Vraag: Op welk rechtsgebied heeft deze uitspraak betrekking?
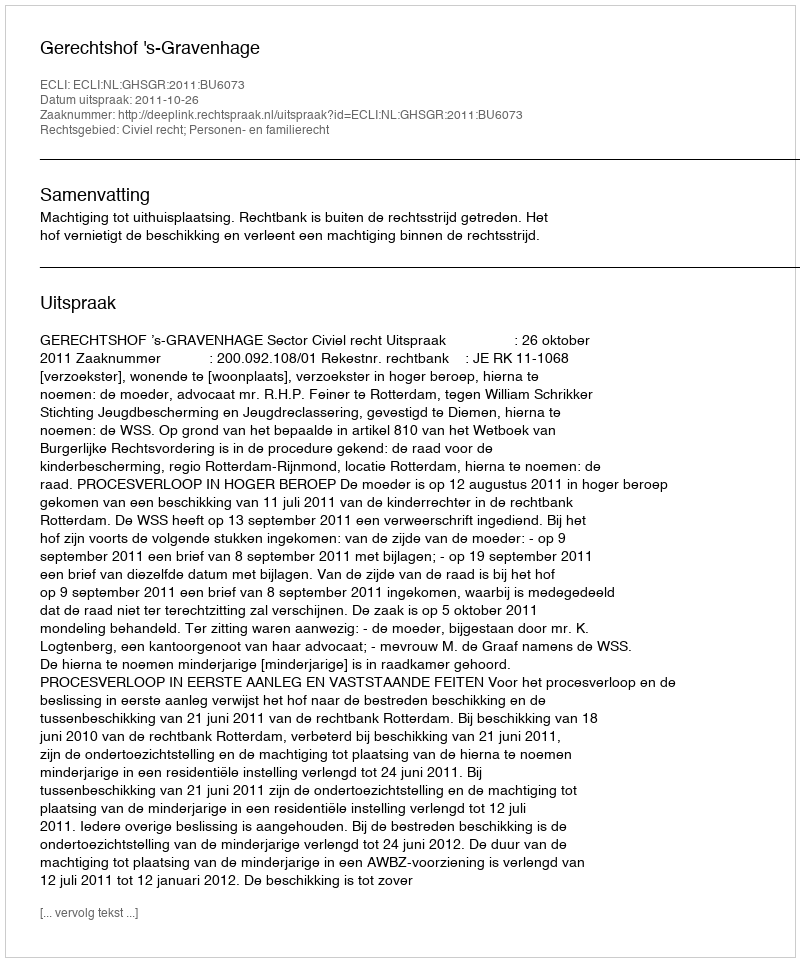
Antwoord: Civiel recht; Personen- en familierecht